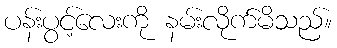
ပန်းပွင့်လေးကို နမ်းလိုက်မိသည်။